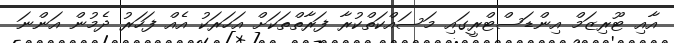
އާއި ޓޫރިޒަމް އިންޑަސްޓްރީގައި މަސައްކަތްކުރާ ފަރާތްތަކަށް އަހަރަކު އެއް ފަހަރު ދެމުން އަންނަ